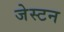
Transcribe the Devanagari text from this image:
जेस्टन